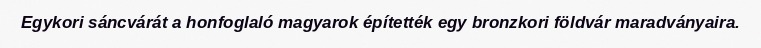
Egykori sáncvárát a honfoglaló magyarok építették egy bronzkori földvár maradványaira.